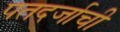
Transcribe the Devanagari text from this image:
पतदर्जाची